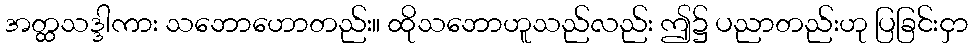
အတ္ထသဒ္ဒါကား သဘောဟောတည်း။ ထိုသဘောဟူသည်လည်း ဤ၌ ပညာတည်းဟု ပြခြင်းငှာ